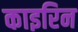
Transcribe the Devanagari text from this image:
काइरिन